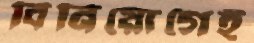
বিনিয়োগেই